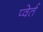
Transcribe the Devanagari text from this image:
प्वेर्त